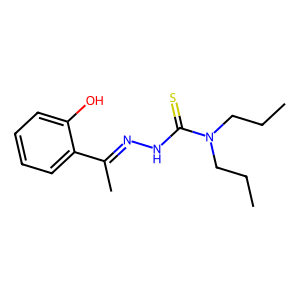
SMILES: CCCN(CCC)C(=S)NN=C(C)c1ccccc1O
Inhibits HIV replication: No